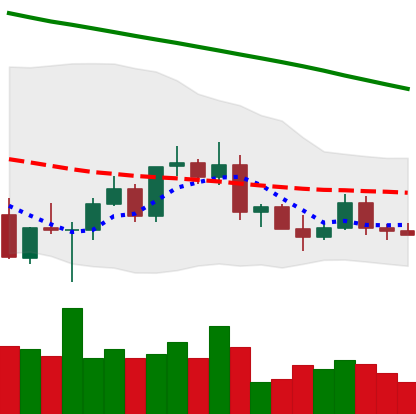
Ticker: ETC-USD
Chart end date: 2022-03-12
Forward return: 3.239%
Label: up_3_5